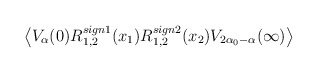
\begin{align*}\left\langle V_\alpha(0)R_{1,2}^{sign1}(x_1)R_{1,2}^{sign2}(x_2)V_{2\alpha _0-\alpha }(\infty )\right\rangle \end{align*}